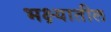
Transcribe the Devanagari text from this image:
भक्ष्यातील